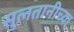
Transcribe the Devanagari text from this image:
सुलतानीच्या